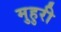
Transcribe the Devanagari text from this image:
मुहुरी